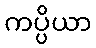
ကပ္ပိယာ